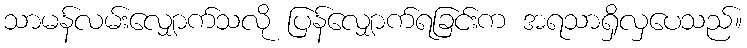
သာမန်လမ်းလျှောက်သလို ပြန်လျှောက်ရခြင်းက အရသာရှိလှပေသည်။